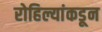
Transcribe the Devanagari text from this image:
रोहिल्यांकडून